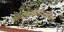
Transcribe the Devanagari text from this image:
फार्मकोडायनमिक्स